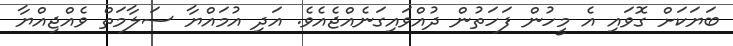
ބަޔަކަށް ގޮވައި އެ މީހުން ފަހަތުން ދުއްވައިގަނެއްޖެއެވެ. އަދި އުމައްޔާ ސަލާމަތް ވެއްޖިއްޔާ